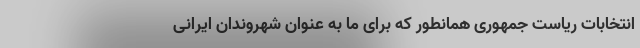
انتخابات ریاست جمهوری همانطور که برای ما به عنوان شهروندان ایرانی